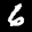
Label: 6